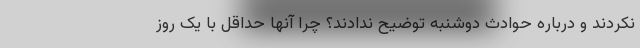
نکردند و درباره حوادث دوشنبه توضیح ندادند؟ چرا آنها حداقل با یک روز